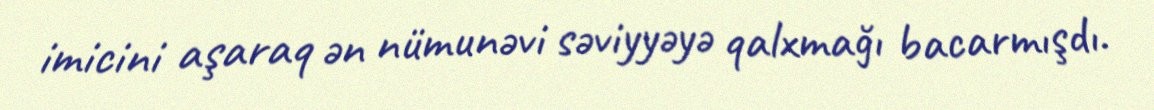
imicini aşaraq ən nümunəvi səviyyəyə qalxmağı bacarmışdı.